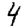
Digit: 4